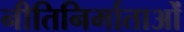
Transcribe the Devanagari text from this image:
नीतिनिर्माताओं